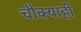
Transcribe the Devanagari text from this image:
चौक्याही